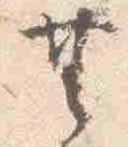
共